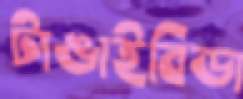
টাঙাইবিডা